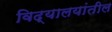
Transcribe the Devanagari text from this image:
विद्यालयांतील